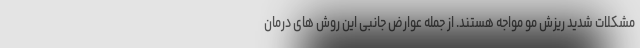
مشکلات شدید ریزش مو مواجه هستند. از جمله عوارض جانبی این روش های درمان